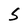
Character: S